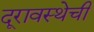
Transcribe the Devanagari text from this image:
दूरावस्थेची